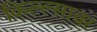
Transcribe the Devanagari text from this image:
किल्ल्सावर